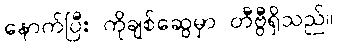
နောက်ပြီး ကိုချစ်ဆွေမှာ တီဗွီရှိသည်။